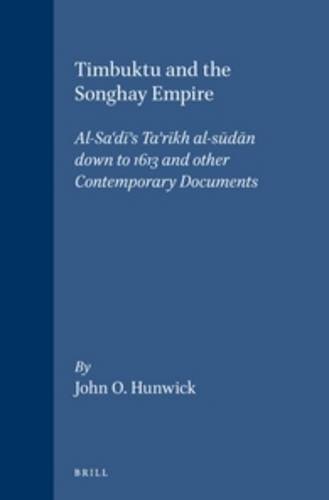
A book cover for Timbuktu and the Songhay Empire: Al-Sa'Di's Ta'Rikh Al-Sudan Down to 1613 and Other Contemporary Documents; History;